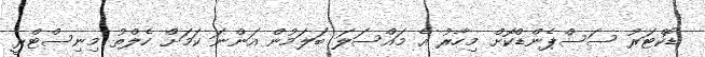
ޑޮކްޓަރު ސަސްޕެންޑްކޮށް މިހާރު އެ މައްސަލަ ބަލަމުން އަންނަ ކަމަށް ހެލްތު މިނިސްޓްރީ